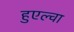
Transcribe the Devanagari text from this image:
हुएल्वा